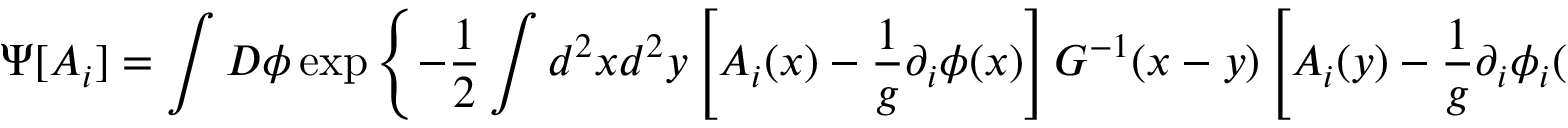
\Psi [ A _ { i } ] = \int D \phi \exp \left\{ - \frac { 1 } { 2 } \int d ^ { 2 } x d ^ { 2 } y \left[ A _ { i } ( x ) - \frac { 1 } { g } \partial _ { i } \phi ( x ) \right] G ^ { - 1 } ( x - y ) \left[ A _ { i } ( y ) - \frac { 1 } { g } \partial _ { i } \phi _ { i } ( y ) \right] \right\}